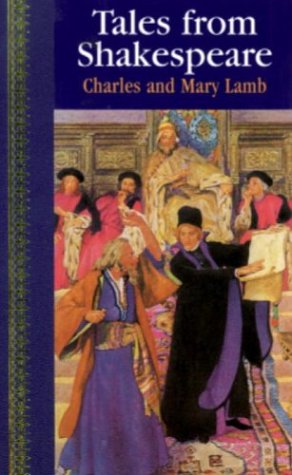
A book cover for Tales from Shakespeare: Children's Classics; Charles Lamb; Literature & Fiction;